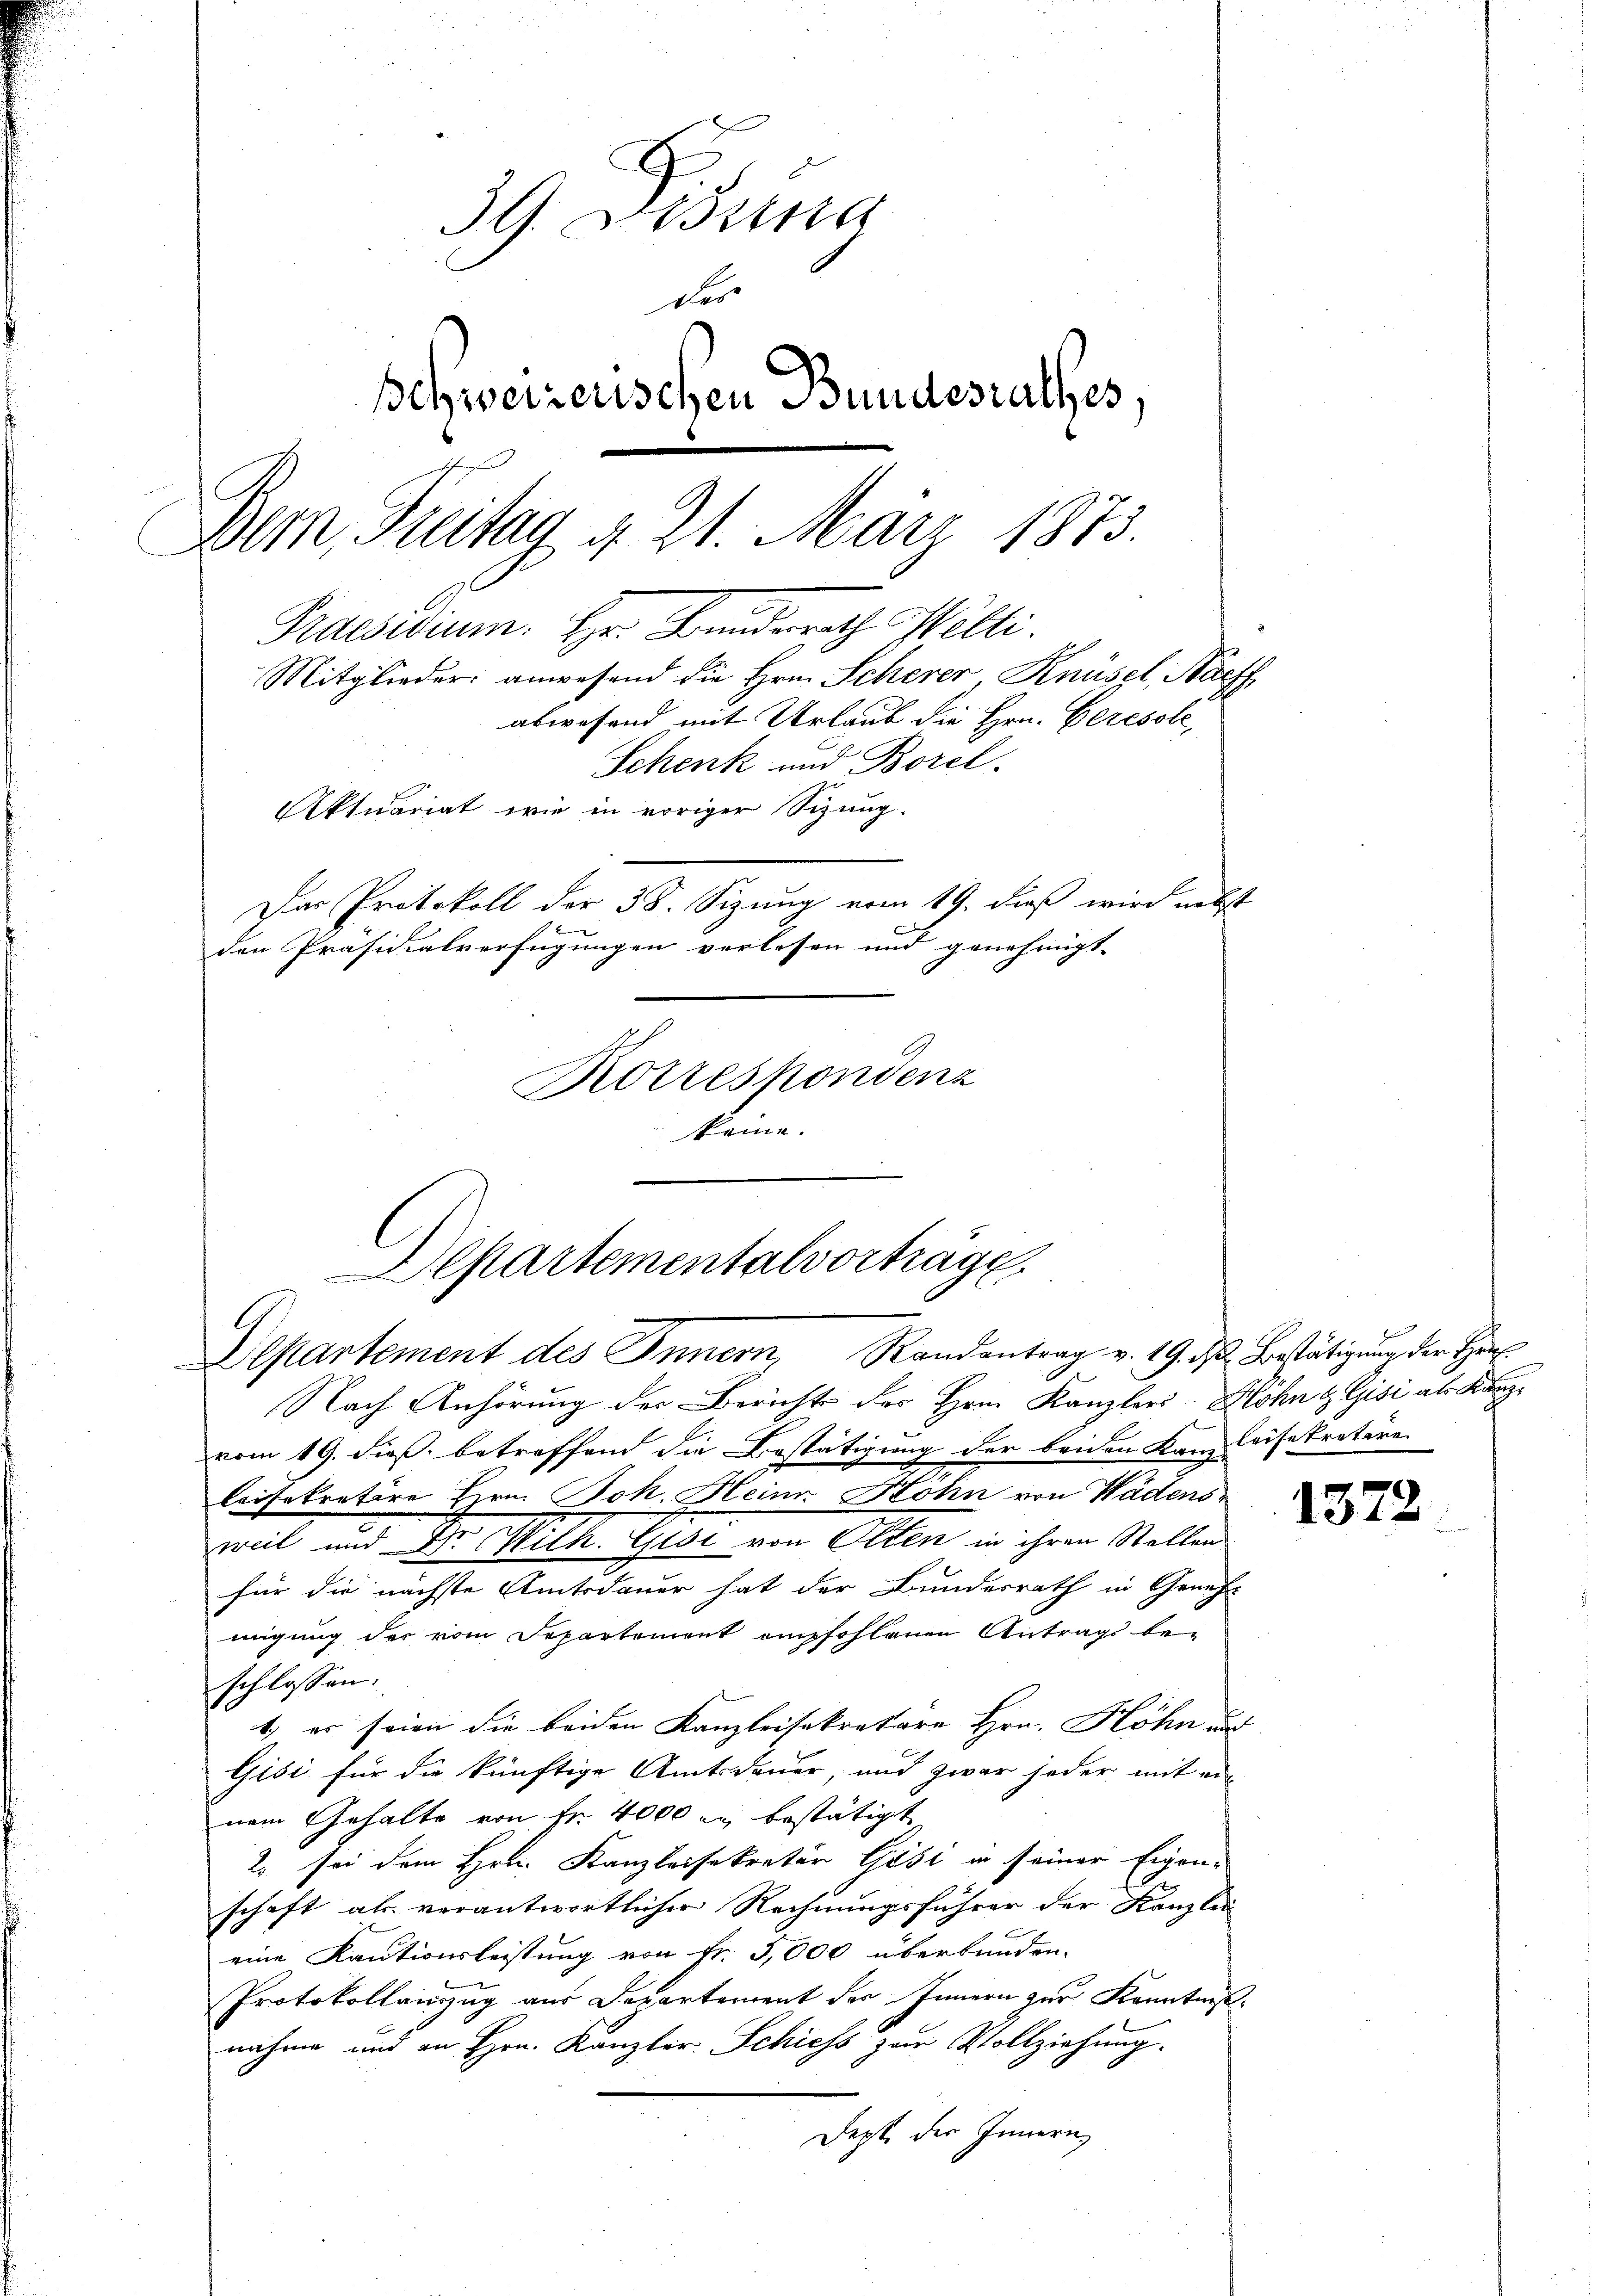
3G. Bissen
der
Schweizerischen Bundesrathes,
Bem, Freitag d. 21. März 1873.
Praesidium. Hr. Bundesrath Welti.
Mitglieder: anwesend die Hrn. Scherer Knüsel, Nachf
abwesend mit Urlaub die Hrn. Ceresole,
Schenk und Borel.
Aktuariat wie in voriger Sitzung.
Der Protokoll der 38. Sizung vom 19. dieß wird nebst
d
den Präsidialverfügungen verlesen und genehmigt.
Rotrespondenz
keine

Departementalvorträge
Departement des Innern, Randantrag v. 19. d. Bestätigung der Theil

Nach Anhörung der Berichts des Hrn. Kanzlers Döhn & Gisi als Kanzvom 19. dieß, betreffend die Bestätigung der beiden Kanzleisekretäre
leisekretire Hrn. Joh. Heine Hohn von Wädens
weil und Dr. Wilk. Gisi von Olten in ihren Stellen
für die nächste Amtsdauer hat der Bundesrath in Geneh-
migung der vom Departement empfohlenen Antrags be-
schlossen:
1) es seien die beiden Kanzleisekretäre Hrn. Höhn auf
Gisi für die künftige Amtsdauer, und zwar jeder mit ein
nem Gehalte von Fr. 4000 in bestätigt
2. sei dem Hrn. Kanzleisekretär Gisi in seiner Eigen-
u
schaft als verantwortlicher Rechnungsführer der Kanzlei
eine Kautionsleistung von Fr. 3,000 überbunden.
Protokollanzug aus Departement des Innern zur Kenntnißnahme und an Hrn. Kanzler Schiess zur Vollziehung.
Dept der Innern,

1372